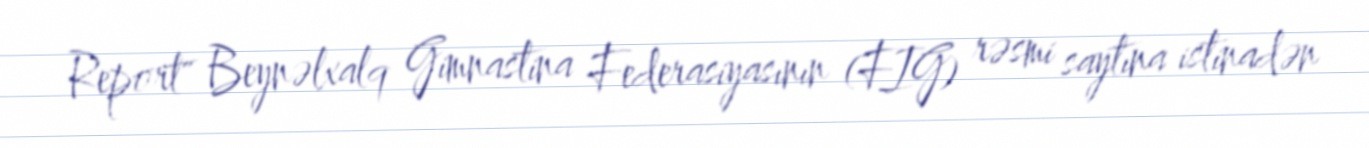
Report" Beynəlxalq Gimnastina Federasiyasının (FIG) rəsmi saytına istinadən